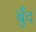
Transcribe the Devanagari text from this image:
बुँद